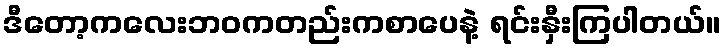
ဒီတော့ကလေးဘဝကတည်းကစာပေနဲ့ ရင်းနှီးကြပါတယ်။